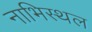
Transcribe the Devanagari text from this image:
नाभिस्थल